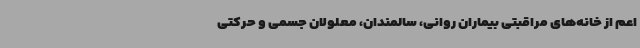
اعم از خانه‌های مراقبتی بیماران روانی، سالمندان، معلولان جسمی و حرکتی